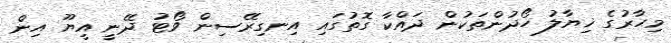
މިހާރުގެ ޚިޔާލު ހޯދުންތަކުން ދައްކާ ގޮތުގައި އިނގިރޭސިން ވޯޓު ދޭނީ އީޔޫ އިން